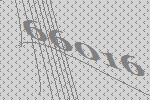
66016